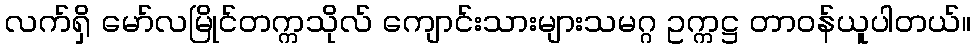
လက်ရှိ မော်လမြိုင်တက္ကသိုလ် ကျောင်းသားများသမဂ္ဂ ဥက္ကဋ္ဌ တာဝန်ယူပါတယ်။